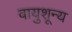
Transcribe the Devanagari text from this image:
वायुशून्य